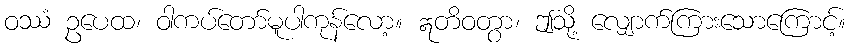
ဝဿံ ဥပေထ၊ ဝါကပ်တော်မူပါကုန်လော့။ ဣတိဝတွာ၊ ဤသို့ လျှောက်ကြားသောကြောင့်။